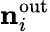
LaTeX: {\mathbf{n}}_{i}^{\mathrm{out}}